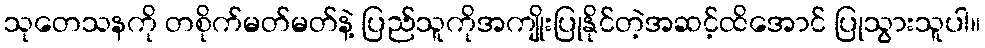
သုတေသနကို တစိုက်မတ်မတ်နဲ့ ပြည်သူကိုအကျိုးပြုနိုင်တဲ့အဆင့်ထိအောင် ပြုသွားသူပါ။